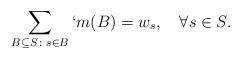
LaTeX: \begin{align*}&\sum_{B\subseteq S \colon s\in B }`m(B)=w_s, \kern1em\forall s\in S. \end{align*}